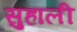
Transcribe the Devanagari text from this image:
सुहाली